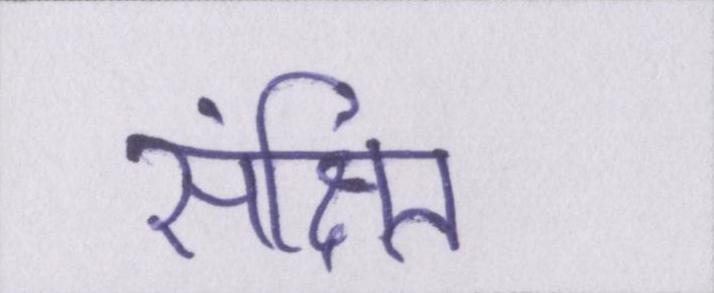
संक्षित